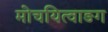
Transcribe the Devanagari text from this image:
मोचयित्वाङग